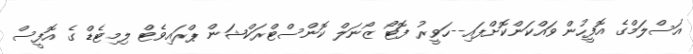
އަސްލަމްގެ އޮފީހުން ވައްކަންކޮށްފައި--ހަވީރު ފޮޓޯ ޒޯނަލް ކޮންސްޓްރަކްޝަން ޕްރައިވެޓް ލިމިޓެޑް ގެ އޮފީސް